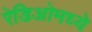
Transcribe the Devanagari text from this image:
रेडिओमध्ये